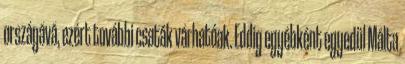
országává, ezért további csaták várhatóak. Eddig egyébként egyedül Málta